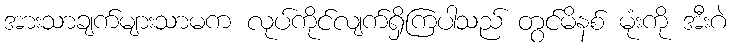
အားသာချက်များသာမက လုပ်ကိုင်လျက်ရှိကြပါသည် တွင်မိနစ် မုံးကို အီးဂဲ